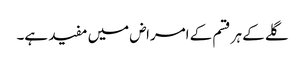
گلے کے ہر قسم کے امراض میں مفید ہے۔